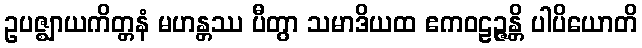
ဥပဇ္ဈာယကိတ္တနံ မဟန္တဿ ပီတွာ သမာဒိယထ ဧကဝဠဉ္ဇန္တိ ပါပိယောတိ